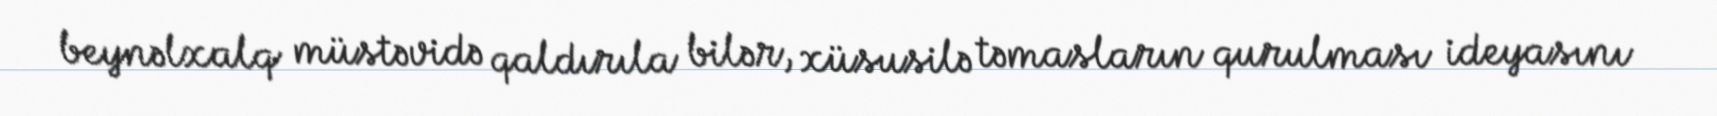
beynəlxalq müstəvidə qaldırıla bilər, xüsusilə təmasların qurulması ideyasını